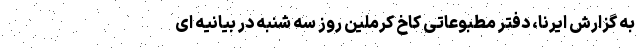
به گزارش ایرنا، دفتر مطبوعاتی کاخ کرملین روز سه شنبه در بیانیه ای